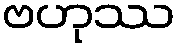
ဗဟုဿ